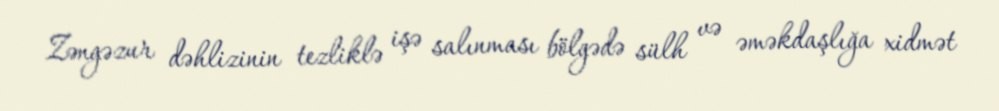
Zəngəzur dəhlizinin tezliklə işə salınması bölgədə sülh və əməkdaşlığa xidmət